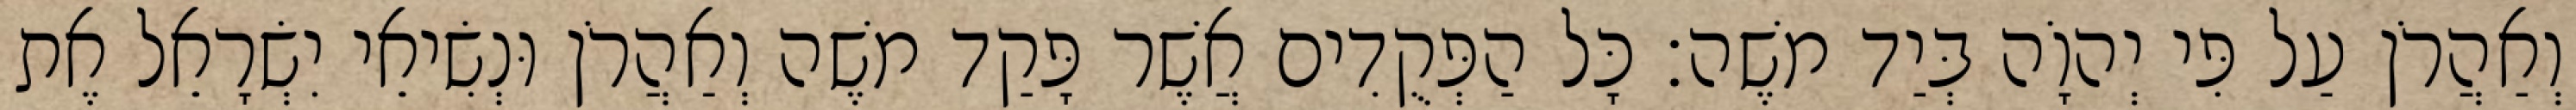
וְאַהֲרֹן עַל פִּי יְהוָֹה בְּיַד משֶׁה׃ כָּל הַפְּקֻדִים אֲשֶׁר פָּקַד משֶׁה וְאַהֲרֹן וּנְשִׂיאֵי יִשְׂרָאֵל אֶת